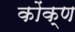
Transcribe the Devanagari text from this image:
कोंक्ण